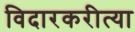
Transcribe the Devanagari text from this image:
विदारकरीत्या